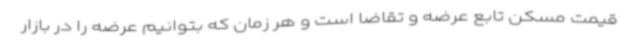
قیمت مسکن تابع عرضه و تقاضا است و هر زمان که بتوانیم عرضه را در بازار